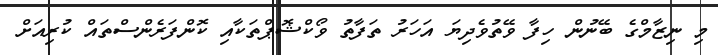
މި ނިޒާމްގެ ބޭނުން ހިފާ ވޭތުވެދިޔަ އަހަރު ތަފާތު ވޯކްޝޮޕްތަކާއި ކޮންފަރެންސްތައް ކުރިއަށް